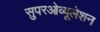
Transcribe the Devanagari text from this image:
सुपरओव्यूलेशन